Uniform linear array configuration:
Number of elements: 48
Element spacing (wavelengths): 0.25
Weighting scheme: kaiser
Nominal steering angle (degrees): -30
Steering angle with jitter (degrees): -29.306
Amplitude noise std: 0.05
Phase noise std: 0.05

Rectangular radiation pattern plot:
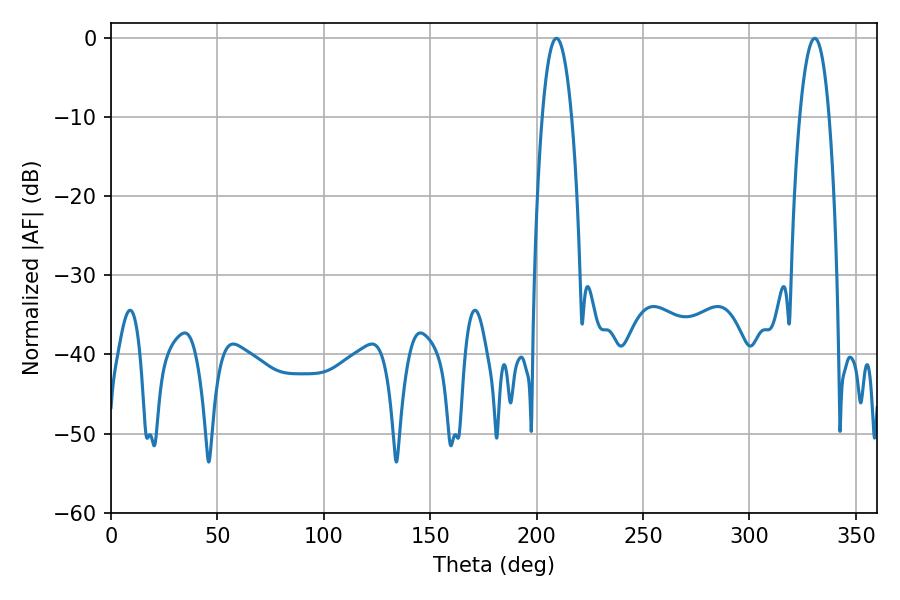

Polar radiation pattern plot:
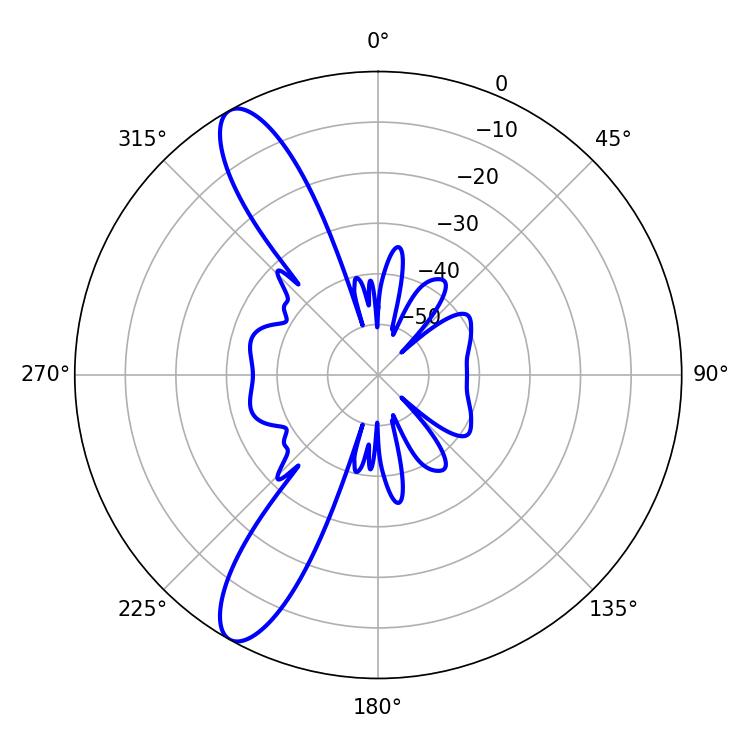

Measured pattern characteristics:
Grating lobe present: FALSE
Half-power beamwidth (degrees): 7.56
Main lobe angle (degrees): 209.34